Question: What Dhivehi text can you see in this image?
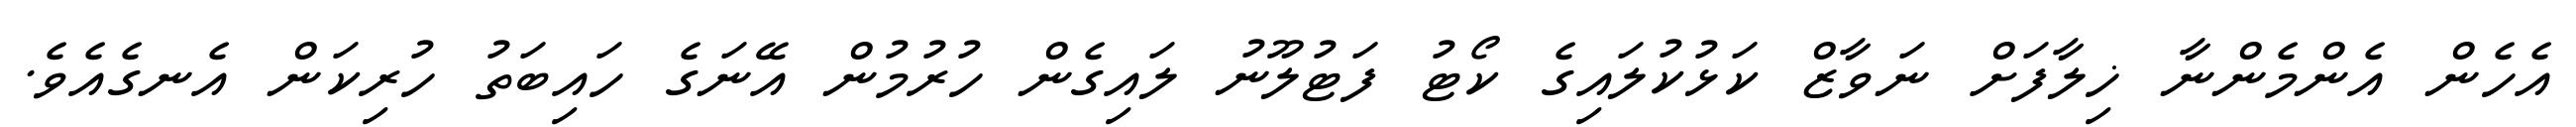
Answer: އެހެން އެންމެންނާ ޚިލާފަށް ނަވާޒް ކަޅުކުލައިގެ ކޯޓު ފަޓުލޫނު ލައިގެން ހުރުމުން އޭނަގެ ހައިބަތު ހުރިކަން އެނގެއެވެ.